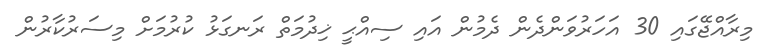
މިރާއްޖޭގައި 30 އަހަރުވަންދެން ދެމުން އައި ސިއްޙީ ޚިދުމަތް ރަނގަޅު ކުރުމަށް މިސަރުކާރުން